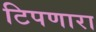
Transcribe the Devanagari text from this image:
टिपणारा